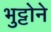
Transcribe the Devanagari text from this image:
भुट्टोने